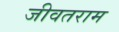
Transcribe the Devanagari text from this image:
जीवतराम